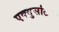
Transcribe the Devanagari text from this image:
एक्युसटिल